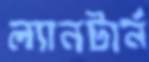
ল্যানটার্ন